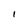
Character: l